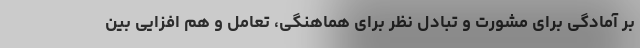
بر آمادگی برای مشورت و تبادل نظر برای هماهنگی، تعامل و هم افزایی بین